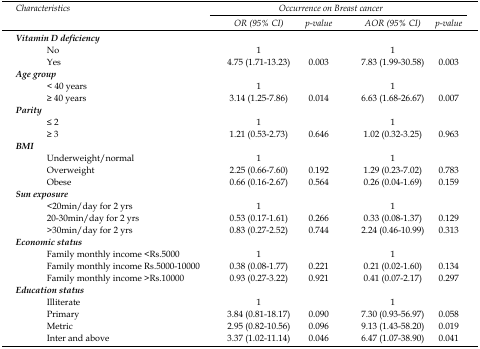
<table><thead><tr><td rowspan="3"><b><i>Characteristics</i></b></td><td colspan="4"><b><i>Occurrence on Breast cancer</i></b></td></tr><tr><td><b><i>OR (95% CI)</i></b></td><td><b><i>p-value</i></b></td><td><b><i>AOR (95% CI)</i></b></td><td><b><i>p-value</i></b></td></tr></thead><tbody><tr><td colspan="5"><b><i>Vitamin D deficiency</i></b></td></tr><tr><td>No</td><td>1</td><td></td><td>1</td><td></td></tr><tr><td>Yes</td><td>4.75 (1.71-13.23)</td><td>0.003</td><td>7.83 (1.99-30.58)</td><td>0.003</td></tr><tr><td colspan="5"><b><i>Age group</i></b></td></tr><tr><td>&lt; 40 years</td><td>1</td><td></td><td>1</td><td></td></tr><tr><td>≥ 40 years</td><td>3.14 (1.25-7.86)</td><td>0.014</td><td>6.63 (1.68-26.67)</td><td>0.007</td></tr><tr><td colspan="5"><b><i>Parity</i></b></td></tr><tr><td>≤ 2</td><td>1</td><td></td><td>1</td><td></td></tr><tr><td>≥3</td><td>1.21 (0.53-2.73)</td><td>0.646</td><td>1.02 (0.32-3.25)</td><td>0.963</td></tr><tr><td colspan="5"><b><i>BMI</i></b></td></tr><tr><td>Underweight/normal</td><td>1</td><td></td><td>1</td><td></td></tr><tr><td>Overweight</td><td>2.25 (0.66-7.60)</td><td>0.192</td><td>1.29 (0.23-7.02)</td><td>0.783</td></tr><tr><td>Obese</td><td>0.66 (0.16-2.67)</td><td>0.564</td><td>0.26 (0.04-1.69)</td><td>0.159</td></tr><tr><td colspan="5"><b><i>Sun exposure</i></b></td></tr><tr><td>&lt;20min/day for 2 yrs</td><td>1</td><td></td><td>1</td><td></td></tr><tr><td>20-30min/day for 2 yrs</td><td>0.53 (0.17-1.61)</td><td>0.266</td><td>0.33 (0.08-1.37)</td><td>0.129</td></tr><tr><td>&gt;30min/day for 2 yrs</td><td>0.83 (0.27-2.52)</td><td>0.744</td><td>2.24 (0.46-10.99)</td><td>0.313</td></tr><tr><td colspan="5"><b><i>Economic status</i></b></td></tr><tr><td>Family monthly income &lt;Rs.5000</td><td>1</td><td></td><td>1</td><td></td></tr><tr><td>Family monthly income Rs.5000-10000</td><td>0.38 (0.08-1.77)</td><td>0.221</td><td>0.21 (0.02-1.60)</td><td>0.134</td></tr><tr><td>Family monthly income &gt;Rs.10000</td><td>0.93 (0.27-3.22)</td><td>0.921</td><td>0.41 (0.07-2.17)</td><td>0.297</td></tr><tr><td colspan="5"><b><i>Education status</i></b></td></tr><tr><td>Illiterate</td><td>1</td><td></td><td>1</td><td></td></tr><tr><td>Primary</td><td>3.84 (0.81-18.17)</td><td>0.090</td><td>7.30 (0.93-56.97)</td><td>0.058</td></tr><tr><td>Metric</td><td>2.95 (0.82-10.56)</td><td>0.096</td><td>9.13 (1.43-58.20)</td><td>0.019</td></tr><tr><td>Inter and above</td><td>3.37 (1.02-11.14)</td><td>0.046</td><td>6.47 (1.07-38.90)</td><td>0.041</td></tr></tbody></table>